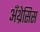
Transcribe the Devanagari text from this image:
अँथ्रेसिस